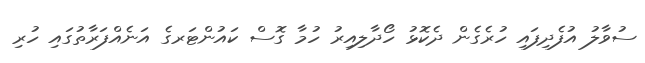
ސުވާލު އުފެދިފައި ހުރެގެން ދެކޮޅު ހޯދާލިއިރު ހުމާ ގޮސް ކައުންޓަރގެ އަނެއްފަރާތުގައި ހުރި